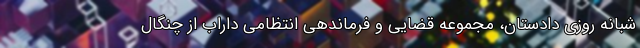
شبانه روزی دادستان، مجموعه قضایی و فرماندهی انتظامی داراب از چنگال